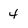
Character: 4